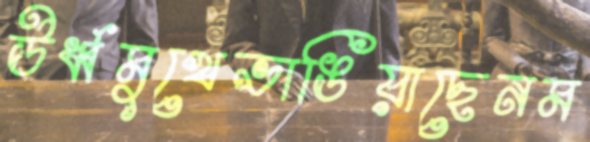
ঊর্ধ্বমুখেভাঙিয়াছেনম